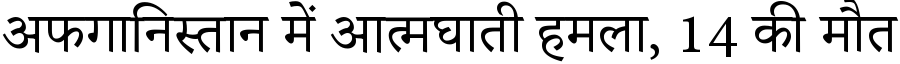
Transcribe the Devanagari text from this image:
अफगानिस्तान में आत्मघाती हमला, 14 की मौत